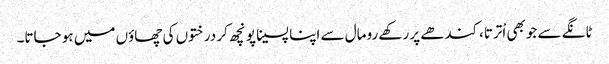
ٹانگے سے جوبھی اْترتا،کندھے پر رکھے رومال سے اپنا پسینا پونچھ کر درختوں کی چھاؤں میں ہو جاتا۔